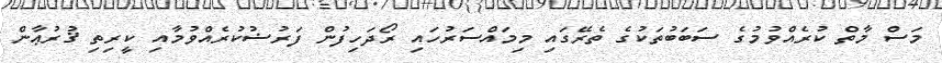
މަސް މާތް ކުރެއްވުމުގެ ސަބަބުތަކުގެ ތެރޭގައި މިމައްސަރުހައި ރޯދަހިފުން ފަރުޟުކުރެއްވުމާއި ކީރިތި ޤުރުޢާން